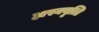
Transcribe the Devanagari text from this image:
हास्यवृत्ति